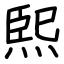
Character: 𤋮